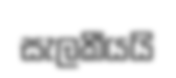
සැලකීයයි